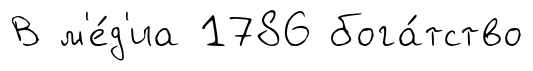
В м'е́д'иа 1786 бога́тство